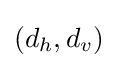
(d_{h},d_{v})